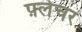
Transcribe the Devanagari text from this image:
फ़्लेचर